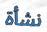
نشأة